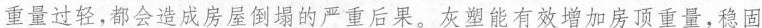
重量过轻，都会造成房倒塌的产后果。灰塑能有效增加房顶重量，稳固